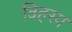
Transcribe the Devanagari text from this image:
विहस्य